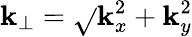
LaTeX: \mathbf{k}_{\perp}=\sqrt{}{{\mathbf{k}_{x}^{2}+\mathbf{k}_{y}^{2}}}